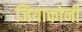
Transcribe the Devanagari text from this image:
जियाकोनी